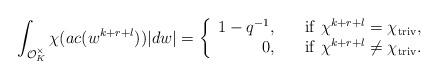
LaTeX: \begin{align*}\int_{\mathcal{O}_K^{\times}}\chi(ac (w^{k+r+l}))|dw|={\left\{\begin{array}{rl}1-q^{-1},\ \ \ &{\rm if}\ \chi^{k+r+l}=\chi_{\rm triv},\\0,\ \ \ &{\rm if}\ \chi^{k+r+l}\neq \chi_{\rm triv}.\end{array}\right.}\end{align*}